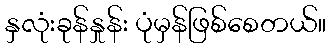
နှလုံးခုန်နှုန်း ပုံမှန်ဖြစ်စေတယ်။